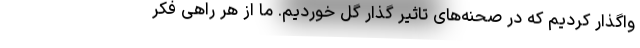
واگذار کردیم که در صحنه‌های تاثیر گذار گل خوردیم. ما از هر راهی فکر